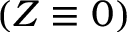
( Z \equiv 0 )